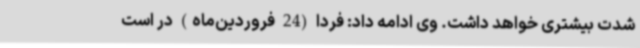
شدت بیشتری خواهد داشت. وی ادامه داد: فردا (24 فروردین‌ماه) در است